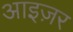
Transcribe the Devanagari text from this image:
आइज़र